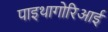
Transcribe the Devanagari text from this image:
पाइथागोरिआई